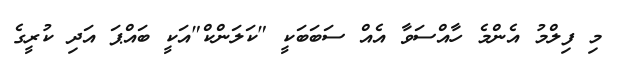
މި ފިލްމު އެންމެ ހާއްސަވާ އެއް ސަބަބަކީ "ކަލަންކް"އަކީ ބައްޕަ އަދި ކުރީގެ